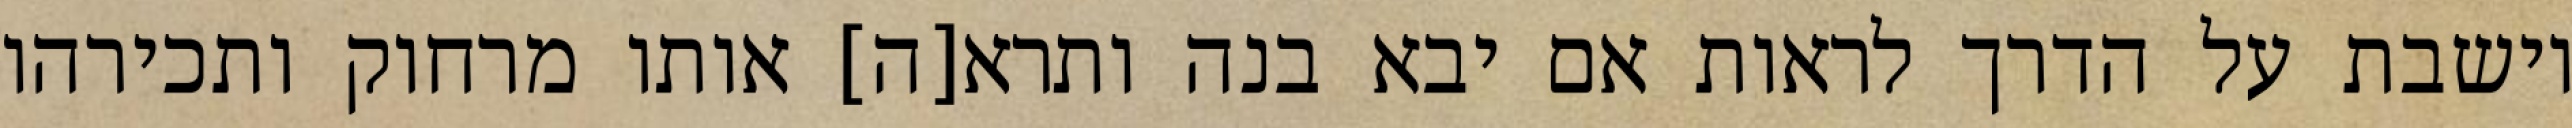
יושבת על הדרך לראות אם יבא בנה ותרא[ה] אותו מרחוק ותכירהו